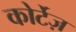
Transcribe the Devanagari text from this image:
कोर्टेज़